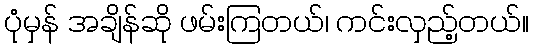
ပုံမှန် အချိန်ဆို ဖမ်းကြတယ်၊ ကင်းလှည့်တယ်။